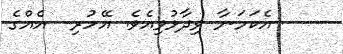
އެކަމަނާ ވިދާޅުވިއެވެ. އޭހުރި  އެއްގެ